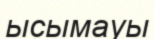
ысымауы